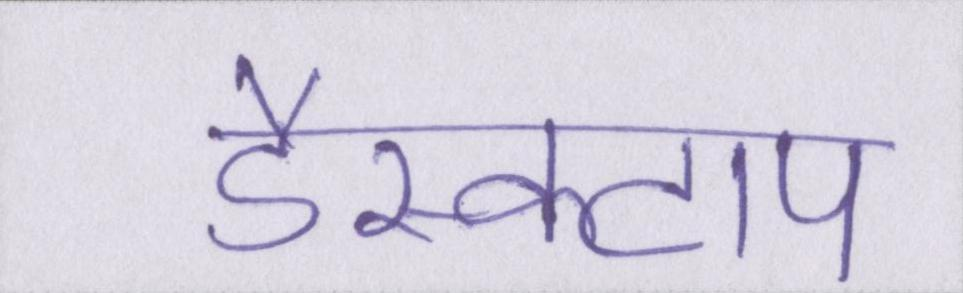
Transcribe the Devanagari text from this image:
डैस्कटाप